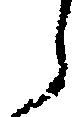
う